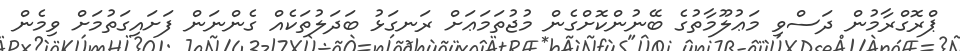
ޕްރޮގްރާމުން ދަސްވި މަޢުލޫމާތުގެ ބޭނުންކޮށްގެން މުޖުތަމަޢަށް ރަނގަޅު ބަދަލުތަކެއް ގެންނަން ފަށައިގަތުމަށް ވިމެން